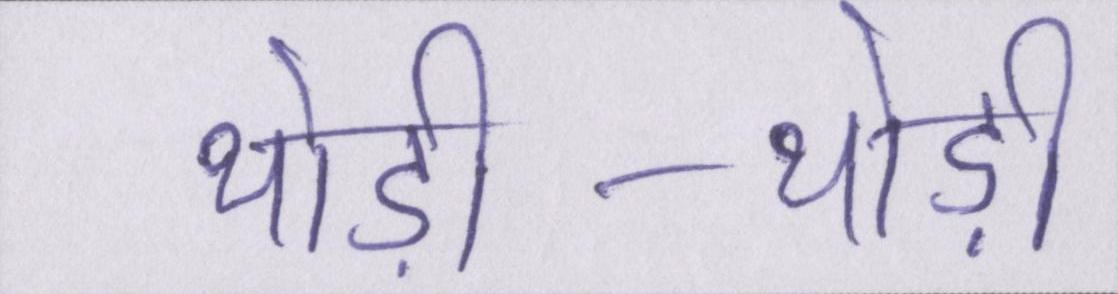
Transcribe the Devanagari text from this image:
थोड़ी-थोड़ी